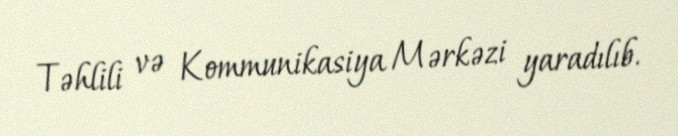
Təhlili və Kommunikasiya Mərkəzi yaradılıb.